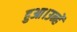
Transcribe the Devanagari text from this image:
हुआ।उन्हें